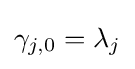
\gamma _{j,0}=\lambda _{j}